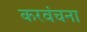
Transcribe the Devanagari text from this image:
करवंचना